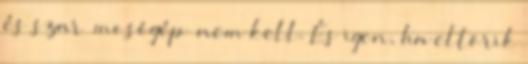
és szar “mosógép” nem kell. És igen, ha eltörik